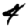
Digit: 4